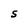
Character: S